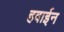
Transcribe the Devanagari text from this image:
हवाईन